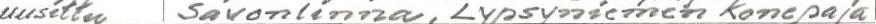
uusittu Savonlinna, Lypsyniemen Konepaja